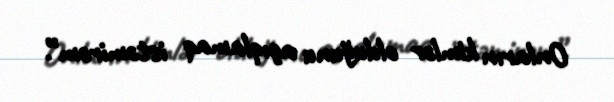
Onların kimlər olduğunu açıqlamaq istəmirəm”.